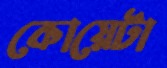
কোয়েটা